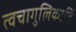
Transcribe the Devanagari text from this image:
त्वचागुलिकार्ति